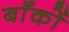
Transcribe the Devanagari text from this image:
बाँकों